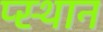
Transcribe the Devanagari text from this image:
प्स्थान